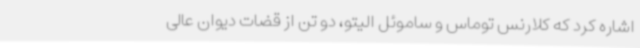
اشاره کرد که کلارنس توماس و ساموئل الیتو، دو تن از قضات دیوان عالی